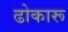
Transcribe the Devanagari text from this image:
ढोकारू